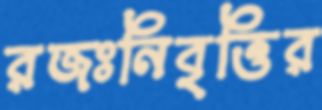
রজঃনিবৃত্তির